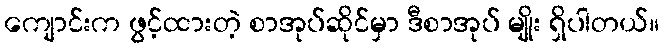
ကျောင်းက ဖွင့်ထားတဲ့ စာအုပ်ဆိုင်မှာ ဒီစာအုပ် မျိုး ရှိပါတယ်။